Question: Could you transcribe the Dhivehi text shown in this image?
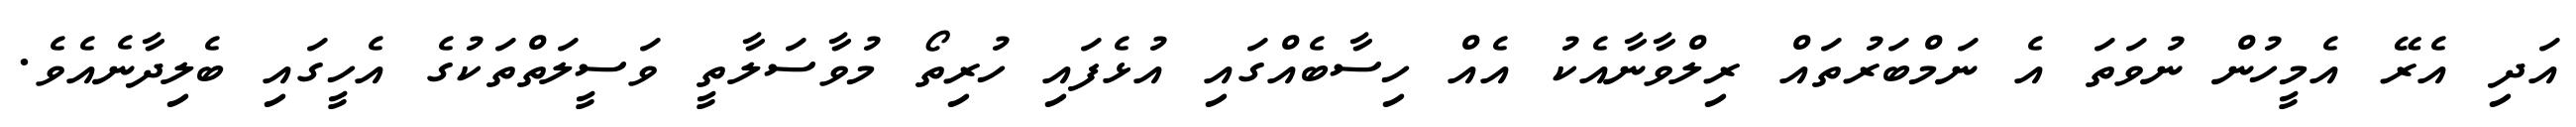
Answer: އަދި އެރޭ އެމީހުން ނުވަތަ އެ ނަމްބަރުތައް ރިލްވާނާއެކު އެއް ހިސާބެއްގައި އުޅެފައި ހުރިތޯ މުވާސަލާތީ ވަސީލަތްތަކުގެ އެހީގައި ބެލިދާނެއެވެ.